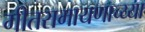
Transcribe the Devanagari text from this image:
गीतरामायणाच्य्या